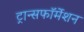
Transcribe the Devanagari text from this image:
ट्रान्सफॉर्मेशन